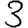
Digit: 3